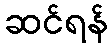
ဆင်ရန်